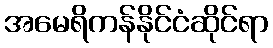
အမေရိကန်နိုင်ငံဆိုင်ရာ